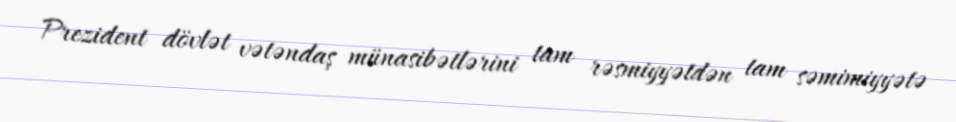
Prezident dövlət vətəndaş münasibətlərini tam rəsmiyyətdən tam səmimiyyətə